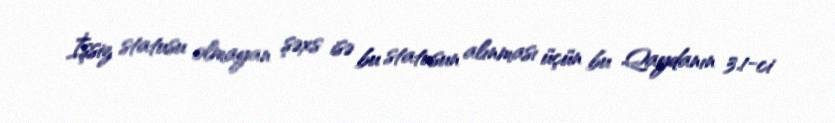
İşsiz statusu olmayan şəxs isə bu statusun alınması üçün bu Qaydanın 3.1-ci